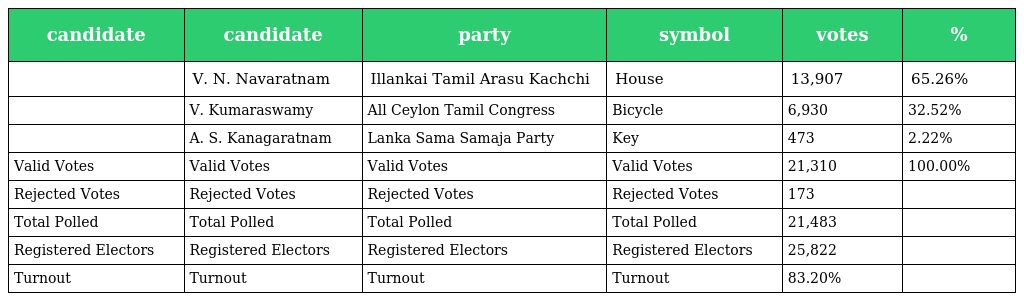
| candidate | candidate | party | symbol | votes | % |
 | --- | --- | --- | --- | --- | --- |
 |  | V. N. Navaratnam | Illankai Tamil Arasu Kachchi | House | 13,907 | 65.26% |
 |  | V. Kumaraswamy | All Ceylon Tamil Congress | Bicycle | 6,930 | 32.52% |
 |  | A. S. Kanagaratnam | Lanka Sama Samaja Party | Key | 473 | 2.22% |
 | Valid Votes | Valid Votes | Valid Votes | Valid Votes | 21,310 | 100.00% |
 | Rejected Votes | Rejected Votes | Rejected Votes | Rejected Votes | 173 |  |
 | Total Polled | Total Polled | Total Polled | Total Polled | 21,483 |  |
 | Registered Electors | Registered Electors | Registered Electors | Registered Electors | 25,822 |  |
 | Turnout | Turnout | Turnout | Turnout | 83.20% |  |